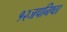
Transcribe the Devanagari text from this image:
१२जपनिष्ठा